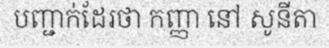
បញ្ជាក់ដែរថា កញ្ញា នៅ សូនីតា